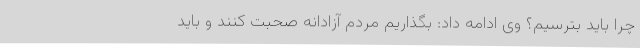
چرا باید بترسیم؟ وی ادامه داد: بگذاریم مردم آزادانه صحبت کنند و باید